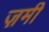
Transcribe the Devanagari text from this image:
ज़मी